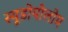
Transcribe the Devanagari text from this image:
स्यूडोयीलोम